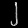
Digit: ၂